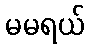
မမရယ်